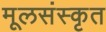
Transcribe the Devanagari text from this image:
मूलसंस्कृत